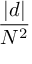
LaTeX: \frac { | d | } { N ^ { 2 } }